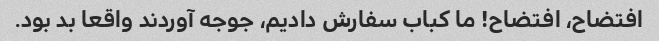
افتضاح، افتضاح! ما کباب سفارش دادیم، جوجه آوردند واقعا بد بود.